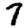
Digit: 7